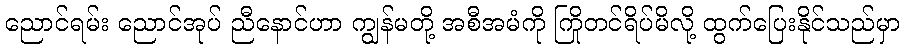
ညောင်ရမ်း ညောင်အုပ် ညီနောင်ဟာ ကျွန်မတို့ အစီအမံကို ကြိုတင်ရိပ်မိလို့ ထွက်ပြေးနိုင်သည်မှာ